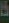
کا